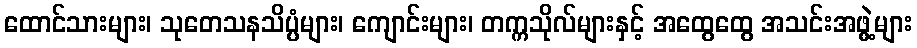
ထောင်သားများ၊ သုတေသနသိပ္ပံများ၊ ကျောင်းများ၊ တက္ကသိုလ်များနှင့် အထွေထွေ အသင်းအဖွဲ့များ